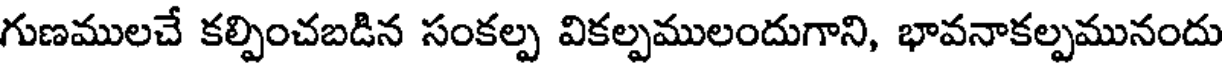
గుణములచే కల్పించబడిన సంకల్ప వికల్పములందుగాని, భావనాకల్పమునందు